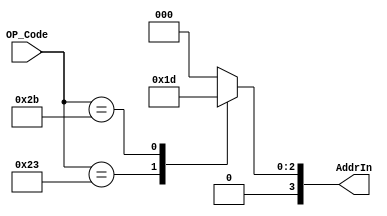
`timescale 1ns/1ps
module ROM2 (
    input [5:0] OP_Code,
    output reg [3:0] AddrIn
);
    always @(*) begin
        AddrIn = 4'b0000;
        case(OP_Code)
            6'b100011:
                AddrIn = 4'b0011;
            6'b101011:
                AddrIn = 4'b0101;
        endcase
    end
endmodule